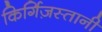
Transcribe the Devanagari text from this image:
किर्गिज़स्तानी